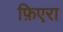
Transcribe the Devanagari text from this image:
फ़िएरा